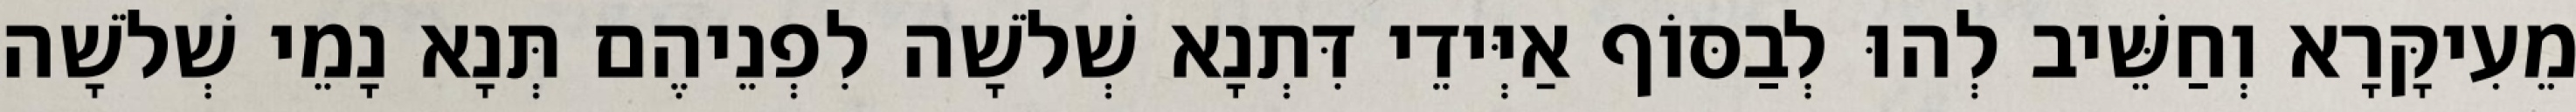
מֵעִיקָּרָא וְחַשֵּׁיב לְהוּ לְבַסּוֹף אַיְּידֵי דִּתְנָא שְׁלֹשָׁה לִפְנֵיהֶם תְּנָא נָמֵי שְׁלֹשָׁה